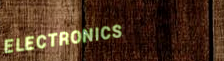
ELECTRONICS